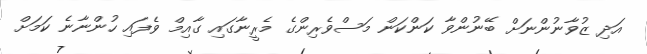
އަދި ޒުވާނުންނަށް ބޭނުންވާ ކަންކަން މަސްވެރިންގެ މެރީނާގައި ގާއިމް ވެފައި ހުންނާނެ ކަމަށް